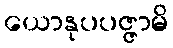
ယောနုပပဇ္ဇာမိ